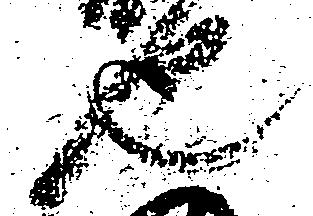
也